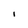
Character: l